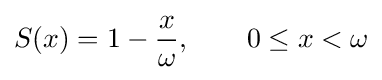
S(x)=1-{\frac {x}{\omega }},\qquad 0\leq x<\omega